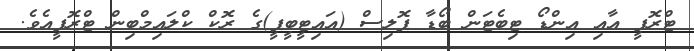
ޓްރޮފީ އާއި އިންޑޯ ޓިބެޓަން ބޯޑާ ޕޮލިސް (އައިޓީބީޕީ)ގެ ރޮކް ކްލައިމްބިން ޓްރޮފީއެވެ.